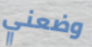
وضعني